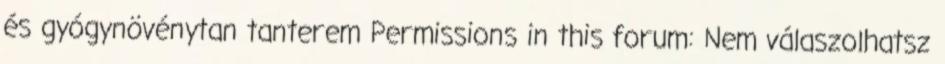
és gyógynövénytan tanterem Permissions in this forum: Nem válaszolhatsz